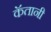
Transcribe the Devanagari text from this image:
कॅतानी